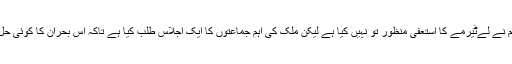
بادشاہ البرٹ دوئم نے لےٹیرمے کا استعفی منظور تو نہیں کیا ہے لیکن ملک کی اہم جماعتوں کا ایک اجلاس طلب کیا ہے تاکہ اس بحران کا کوئی حل نکالا جا سکے۔